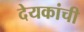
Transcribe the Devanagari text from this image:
देयकांची